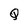
Character: Q